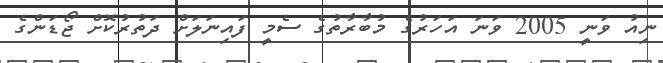
ނިއު ވަނީ 2005 ވަނަ އަހަރުގެ މުބާރާތުގެ ސެމީ ފައިނަލަށް ދަތުރުކޮށް ޖޯޑަންގެ